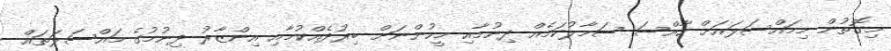
މިގޮތުން މިމައްސަލައަށް ހާއްސަ ސަމާލުކަމެއް ދިނުމާއި މީހުންނަށް ބިރުދެއްކުމާއި އިންޒާރު ދިނުމުގެ މައްސަލަތައް